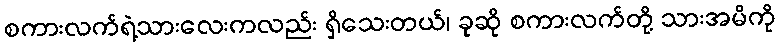
စကားလက်ရဲ့သားလေးကလည်း ရှိသေးတယ်၊ ခုဆို စကားလက်တို့ သားအမိကို